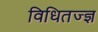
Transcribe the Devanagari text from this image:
विधितज्‍ज्ञ